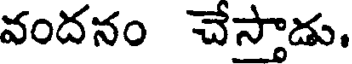
వందనం చేస్తాడు.